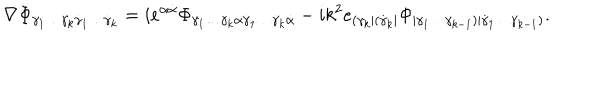
\nabla \Phi _ { \gamma _ { 1 } \ldots \gamma _ { k } \dot { \gamma } _ { 1 } \ldots \dot { \gamma } _ { k } } = i e ^ { \alpha \dot { \alpha } } \Phi _ { \gamma _ { 1 } \ldots \gamma _ { k } \alpha \dot { \gamma } _ { 1 } \ldots \dot { \gamma } _ { k } \dot { \alpha } } - i k ^ { 2 } e _ { ( \gamma _ { k } | ( \dot { \gamma } _ { k } | } \Phi _ { | \gamma _ { 1 } \ldots \gamma _ { k - 1 } ) | \dot { \gamma } _ { 1 } \ldots \dot { \gamma } _ { k - 1 } ) } .